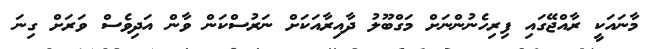
މާނައަކީ ރާއްޖޭގައި ފިރިހެނުންނަށް މަގްބޫލު ދާއިރާއަކަށް ނަރުސްކަން ވާން އަދިވެސް ވަރަށް ގިނަ